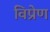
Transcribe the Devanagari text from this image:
विप्रेण